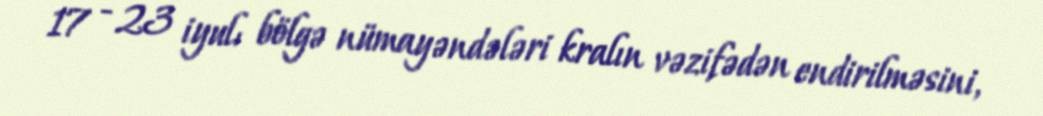
17 - 23 iyul: bölgə nümayəndələri kralın vəzifədən endirilməsini,